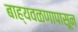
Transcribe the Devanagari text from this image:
बाह्यवळणापासून